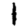
Digit: 1